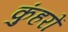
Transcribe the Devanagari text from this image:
कुंहरों